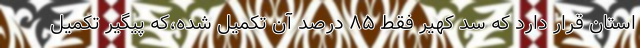
استان قرار دارد که سد کهیر فقط ۸۵ درصد آن تکمیل شده،که پیگیر تکمیل